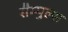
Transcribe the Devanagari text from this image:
सैम्पुल्स